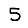
Digit: 5